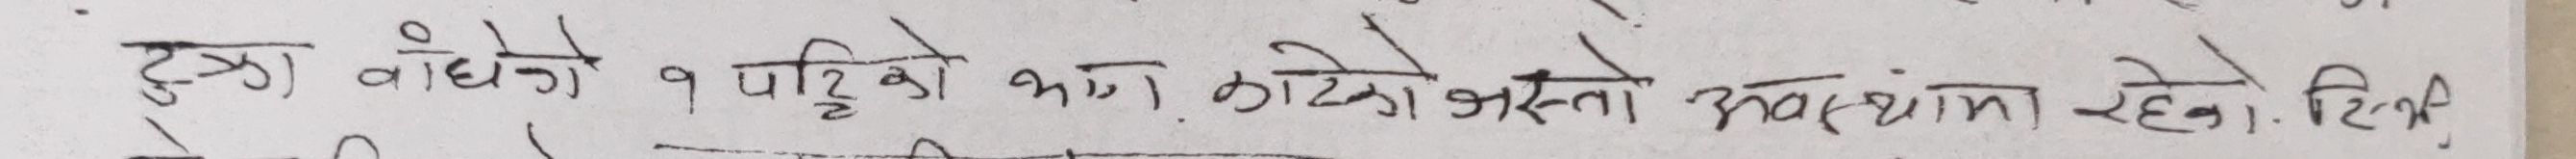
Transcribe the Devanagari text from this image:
दुख्ता बोधेको १ पट्टिको झला कोको अवस्थामा रहेको थिए ।